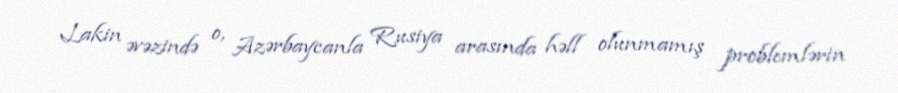
Lakin əvəzində o, Azərbaycanla Rusiya arasında həll olunmamış problemlərin